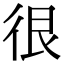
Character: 很